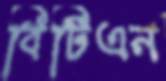
বিটিএন